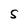
Character: S